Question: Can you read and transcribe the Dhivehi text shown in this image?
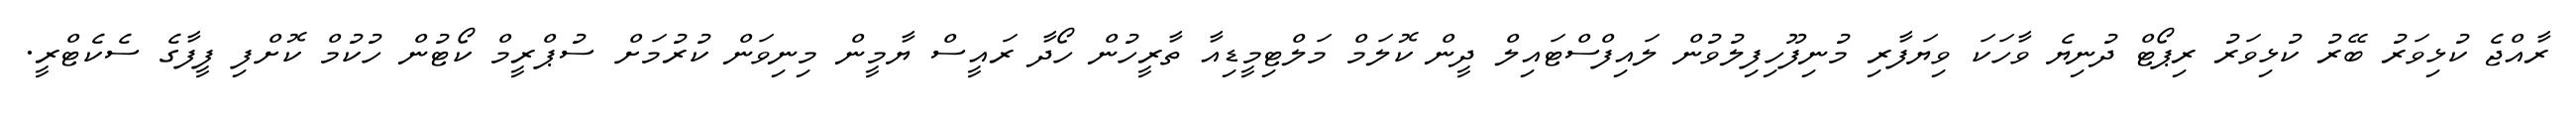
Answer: ރާއްޖެ ކުޅިވަރު ބޭރު ކުޅިވަރު ރިޕޯޓް ދުނިޔެ ވާހަކަ ވިޔަފާރި މުނިފޫހިފިލުވުން ލައިފްސްޓައިލް ދީން ކޮލަމް މަލްޓިމީޑިއާ ތާރީހުން ހޯދާ ރައީސް ޔާމީން މިނިވަން ކުރުމަށް ސުޕްރީމް ކޯޓުން ހުކުމް ކޮށްފި ފީފާގެ ސެކެޓްރީ.